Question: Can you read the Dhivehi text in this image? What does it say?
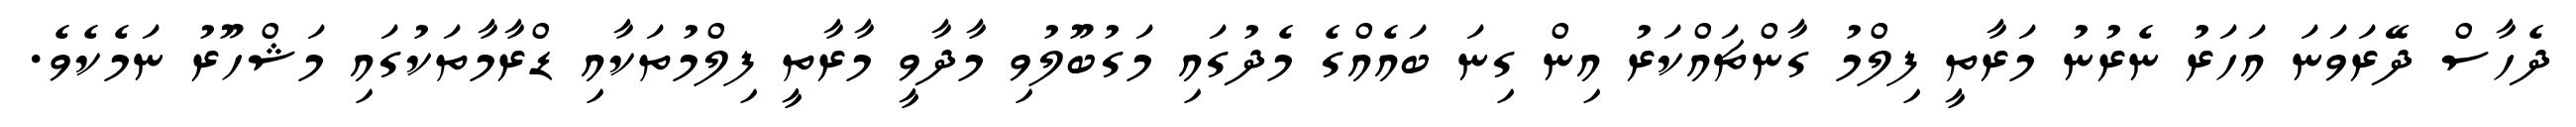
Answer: ދެހާސް ދޭރަވަނަ އަހަރު ނެރުނު މަރާތީ ފިލްމު ގާންޗައްކަރު އިން ގިނަ ބައެއްގެ މެދުގައި މަގުބޫލުވި މާދާވީ މާރާތީ ފިލްމުތަކާއި ޑްރާމާތަކުގައި މަޝްހޫރު ނަމެކެވެ.